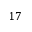
1 7